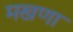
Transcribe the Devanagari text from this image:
मखणा